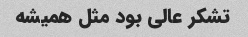
تشکر عالی بود مثل همیشه